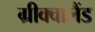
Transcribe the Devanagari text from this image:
ग्रीक्वालैंड